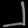
Digit: ၂